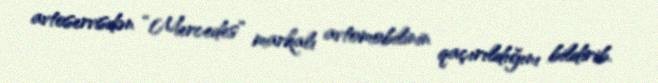
avtoservisdən “Mercedes” markalı avtomobilinin qaçırıldığını bildirib.